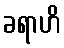
ခရာဟိ